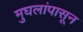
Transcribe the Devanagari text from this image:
मुघलांपासून